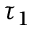
\tau _ { 1 }